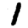
Digit: 1